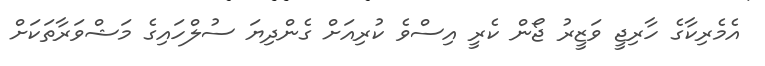
އެމެރިކާގެ ހާރިޖީ ވަޒީރު ޖޯން ކެރީ އިސްވެ ކުރިއަށް ގެންދިޔަ ސުލްހައިގެ މަޝްވަރާތަކަށް